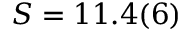
S = 1 1 . 4 ( 6 )